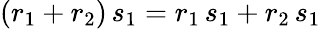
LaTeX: (r_{1}+r_{2})\, s_{1}=r_{1}\, s_{1}+r_{2}\, s_{1}